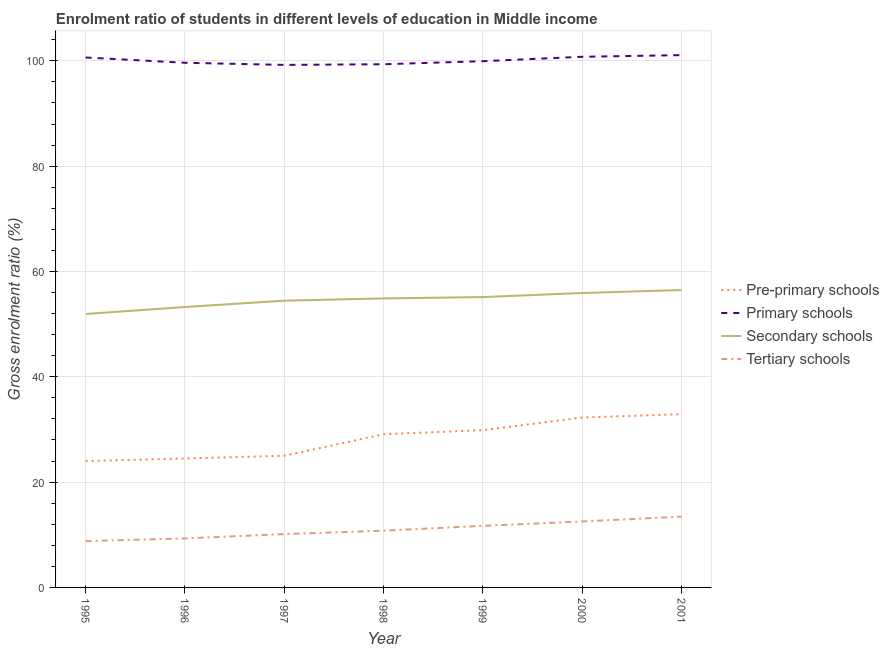
| Year | Pre-primary schools | Primary schools | Secondary schools | Tertiary schools |
 | --- | --- | --- | --- | --- |
 | 1995 | 24 | 101 | 51.9 | 8.8 |
 | 1996 | 24.5 | 99.6 | 53.2 | 9.3 |
 | 1997 | 25 | 99.2 | 54.5 | 10.1 |
 | 1998 | 29.1 | 99.4 | 54.9 | 10.8 |
 | 1999 | 29.9 | 99.9 | 55.1 | 11.7 |
 | 2000 | 32.3 | 101 | 55.9 | 12.5 |
 | 2001 | 32.9 | 101 | 56.5 | 13.4 |